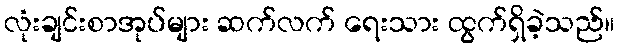
လုံးချင်းစာအုပ်များ ဆက်လက် ရေးသား ထွက်ရှိခဲ့သည်။